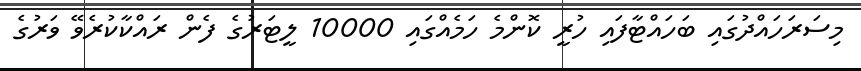
މިސަރަހައްދުގައި ބަހައްޓާފައި ހުރީ ކޮންމެ ހަމެއްގައި 10000 ލީޓަރުގެ ފެން ރައްކާކުރެވޭ ވަރުގެ